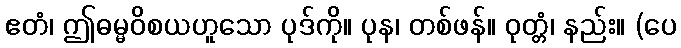
ဧတံ၊ ဤဓမ္မဝိစယဟူသော ပုဒ်ကို။ ပုန၊ တစ်ဖန်။ ဝုတ္တံ၊ နည်း။ (ပေ